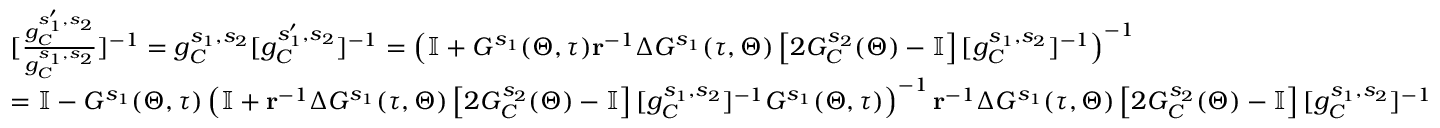
\begin{array} { r l } & { [ \frac { g _ { C } ^ { s _ { 1 } ^ { \prime } , s _ { 2 } } } { g _ { C } ^ { s _ { 1 } , s _ { 2 } } } ] ^ { - 1 } = g _ { C } ^ { s _ { 1 } , s _ { 2 } } [ g _ { C } ^ { s _ { 1 } ^ { \prime } , s _ { 2 } } ] ^ { - 1 } = \left( \mathbb { I } + G ^ { s _ { 1 } } ( \Theta , \tau ) \mathbf { r } ^ { - 1 } \Delta G ^ { s _ { 1 } } ( \tau , \Theta ) \left[ 2 G _ { C } ^ { s _ { 2 } } ( \Theta ) - \mathbb { I } \right] [ g _ { C } ^ { s _ { 1 } , s _ { 2 } } ] ^ { - 1 } \right) ^ { - 1 } } \\ & { = \mathbb { I } - G ^ { s _ { 1 } } ( \Theta , \tau ) \left( \mathbb { I } + \mathbf { r } ^ { - 1 } \Delta G ^ { s _ { 1 } } ( \tau , \Theta ) \left[ 2 G _ { C } ^ { s _ { 2 } } ( \Theta ) - \mathbb { I } \right] [ g _ { C } ^ { s _ { 1 } , s _ { 2 } } ] ^ { - 1 } G ^ { s _ { 1 } } ( \Theta , \tau ) \right) ^ { - 1 } \mathbf { r } ^ { - 1 } \Delta G ^ { s _ { 1 } } ( \tau , \Theta ) \left[ 2 G _ { C } ^ { s _ { 2 } } ( \Theta ) - \mathbb { I } \right] [ g _ { C } ^ { s _ { 1 } , s _ { 2 } } ] ^ { - 1 } } \end{array}